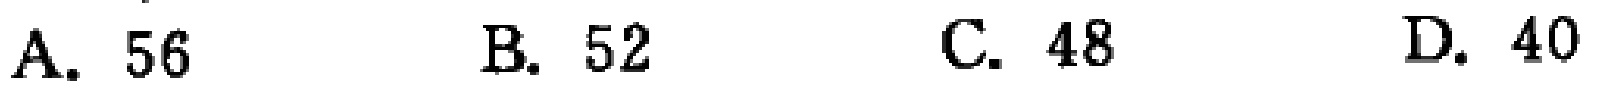
A. 56
B. 52
C. 48
D. 40